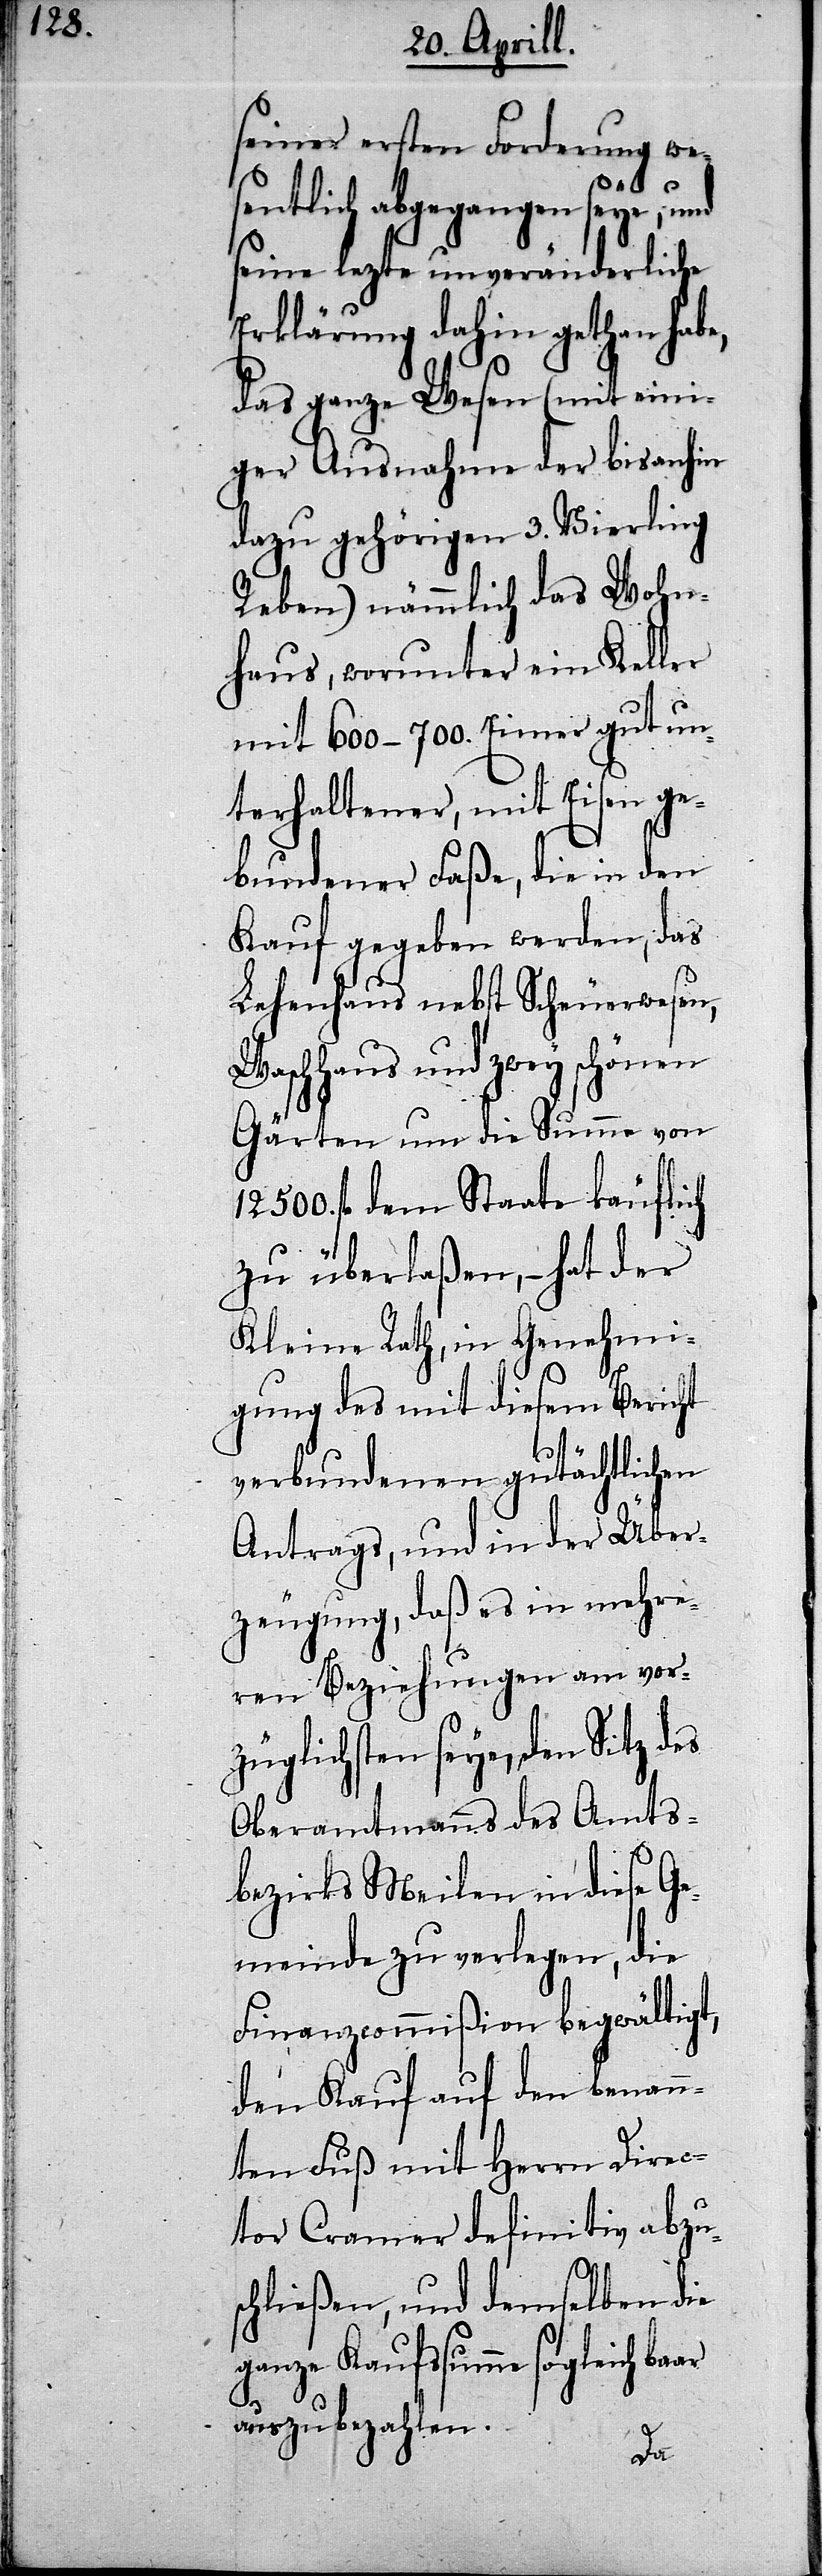
seiner ersten Forderung we¬
sentlich abgegangen seye, und
seine lezte unveränderliche
Erklärung dahin gethan habe,
das ganze Wesen (mit eini¬
ger Ausnahme der bisanhin
dazu gehörigen 3. Vierling
Reben) nämlich das Wohn¬
haus, worunter ein Keller
mit 600–700. Eimer gut un¬
terhaltener, mit Eisen ge¬
bundener Faße, die in den
Kauf gegeben werden, das
Lehenhaus nebst Scheuerwesen,
Waschhaus und zwey schönen
Gärten um die Summe von
12500. fl. dem Staate käuflich
zu überlaßen,– hat der
Kleine Rath, in Genehmi¬
gung des mit diesem Bericht
verbundenen gutächtlichen
Antrags, und in der Über¬
zeugung, daß es in mehre¬
rer Beziehungen am vorz¬
üglichsten seye, den Sitz des
Oberamtmanns des Amts¬
bezirkes Meilen in diese Ge¬
meinde zu verlegen, die
Finanzcommißion begwältigt,
den Kauf auf den benann¬
ten Fuß mit Herrn Direc¬
tor Cramer definitiv abzus¬
chließen, und demselben die
ganze Kaufssumme sogleich
auszubezahlen.